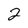
Character: 2